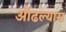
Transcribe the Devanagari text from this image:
ओढल्यास